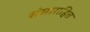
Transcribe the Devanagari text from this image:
संसाराहित